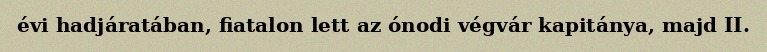
évi hadjáratában, fiatalon lett az ónodi végvár kapitánya, majd II.